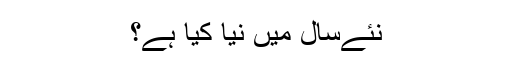
نئےسال میں نیا کیا ہے؟